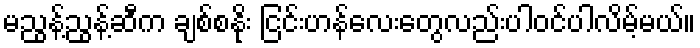
မညွန့်ညွန့်ဆီက ချစ်စနိုး ငြင်းဟန်လေးတွေလည်းပါဝင်ပါလိမ့်မယ်။